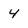
Character: 4